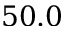
5 0 . 0